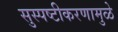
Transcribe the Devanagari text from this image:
सुस्पष्टीकरणामुळे